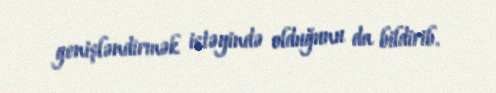
genişləndirmək istəyində olduğunu da bildirib.